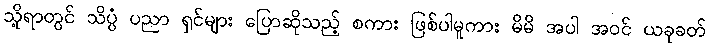
သို့ရာတွင် သိပ္ပံ ပညာ ရှင်များ ပြောဆိုသည့် စကား ဖြစ်ပါမူကား မိမိ အပါ အဝင် ယခုခတ်